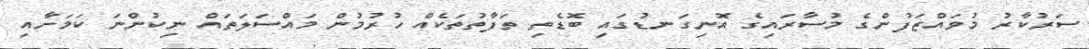
ސަރުކާރު މުވައްޒަފުންގެ މުސާރައިގެ އޮނިގަނޑުގައި ބޮޑެތި ތަފާތުތަކެއް ހުރުމުން މައްސަލަތައް ނިކުންނަ ކަމަށާއި